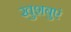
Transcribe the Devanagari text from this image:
खुशबुएं